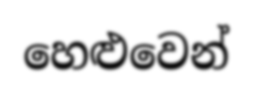
හෙළුවෙන්